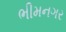
ભીમનગર